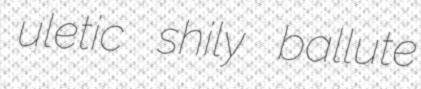
uletic shily ballute